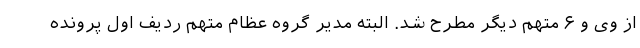
از وی و ۶ متهم دیگر مطرح شد. البته مدیر گروه عظام متهم ردیف اول پرونده